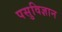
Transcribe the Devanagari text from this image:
पसुविज्ञान